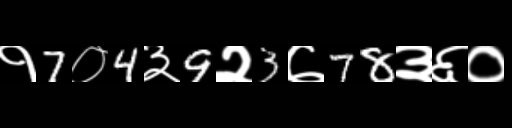
Text: १7०4३9२3७78३६०